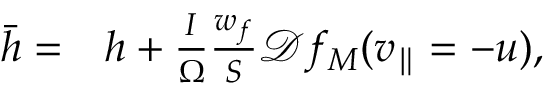
\begin{array} { r l } { \bar { h } = } & { { } h + \frac { I } { \Omega } \frac { w _ { f } } { S } \mathcal { D } f _ { M } ( v _ { \parallel } = - u ) , } \end{array}